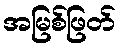
အမြစ်ဖြတ်